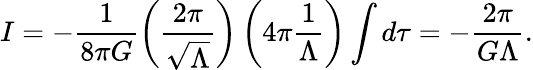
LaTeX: I=-\frac{1}{8\pi G}\left(\frac{2\pi}{\sqrt{\Lambda}}\right)\left(4\pi\frac{1}{\Lambda}\right)\int d\tau=-\frac{2\pi}{G\Lambda}.